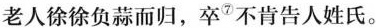
老人徐徐负蒜而归，卒⑦不肯告人姓氏。